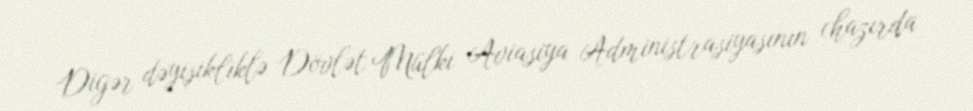
Digər dəyişikliklə Dövlət Mülki Aviasiya Administrasiyasının (hazırda